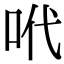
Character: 𠰺